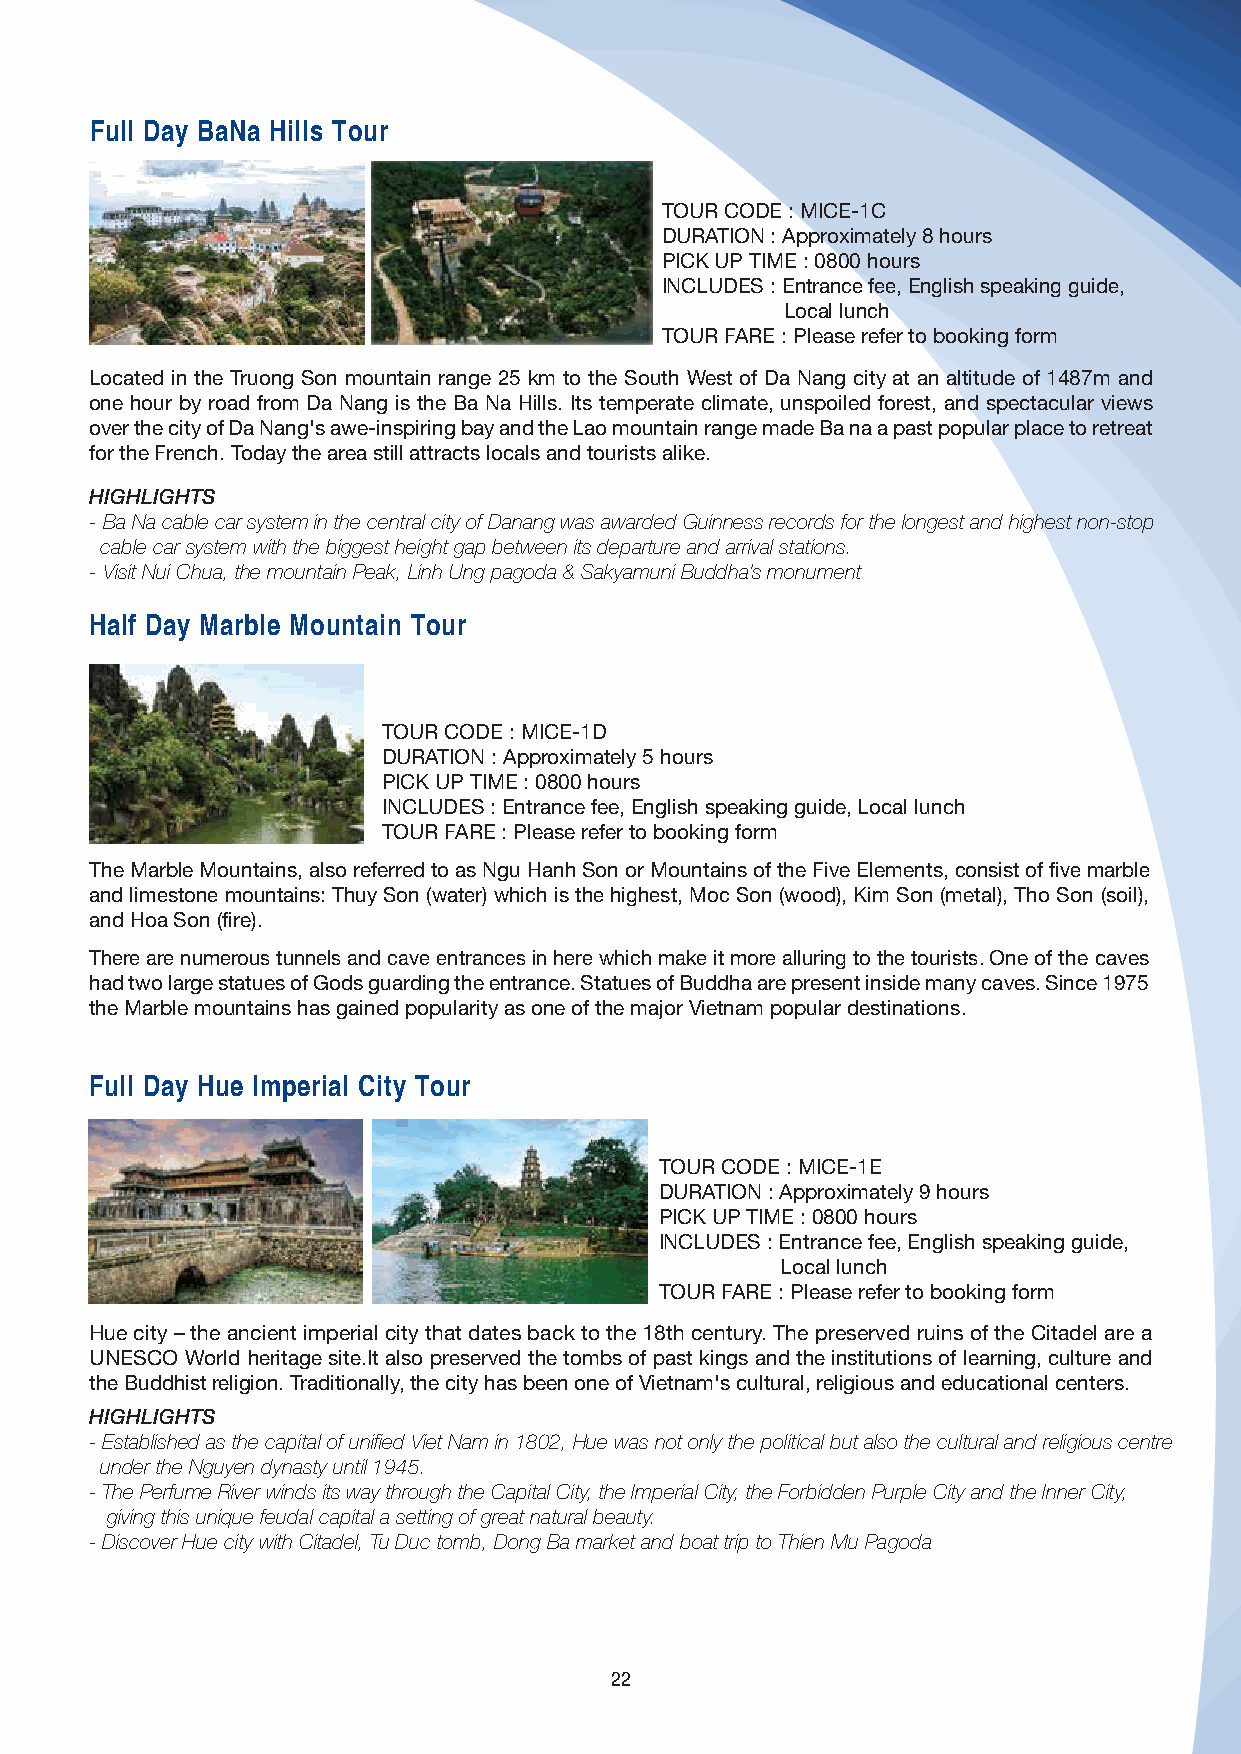
Full Day BaNa Hills Tour
 TOUR CODE : MICE-1C
 DURATION : Approximately 8 hours
 PICK UP TIME : 0800 hours
 INCLUDES : Entrance fee, English speaking guide,
 Local lunch
 TOUR FARE : Please refer to booking form
 Located in the Truong Son mountain range 25 km to the South West of Da Nang city at an altitude of 1487m and
 one hour by road from Da Nang is the Ba Na Hills. Its temperate climate, unspoiled forest, and spectacular views
 over the city of Da Nang's awe-inspiring bay and the Lao mountain range made Ba na a past popular place to retreat
 for the French. Today the area still attracts locals and tourists alike.
 HIGHLIGHTS
 - Ba Na cable car system in the central city of Danang was awarded Guinness records for the longest and highest non-stop
 cable car system with the biggest height gap between its departure and arrival stations.
 - Visit Nui Chua, the mountain Peak, Linh Ung pagoda & Sakyamuni Buddha’s monument
 Half Day Marble Mountain Tour
 TOUR CODE : MICE-1D
 DURATION : Approximately 5 hours
 PICK UP TIME : 0800 hours
 INCLUDES : Entrance fee, English speaking guide, Local lunch
 TOUR FARE : Please refer to booking form
 The Marble Mountains, also referred to as Ngu Hanh Son or Mountains of the Five Elements, consist of five marble
 and limestone mountains: Thuy Son (water) which is the highest, Moc Son (wood), Kim Son (metal), Tho Son (soil),
 and Hoa Son (fire).
 There are numerous tunnels and cave entrances in here which make it more alluring to the tourists. One of the caves
 had two large statues of Gods guarding the entrance. Statues of Buddha are present inside many caves. Since 1975
 the Marble mountains has gained popularity as one of the major Vietnam popular destinations.
 Full Day Hue Imperial City Tour
 TOUR CODE : MICE-1E
 DURATION : Approximately 9 hours
 PICK UP TIME : 0800 hours
 INCLUDES : Entrance fee, English speaking guide,
 Local lunch
 TOUR FARE : Please refer to booking form
 Hue city – the ancient imperial city that dates back to the 18th century. The preserved ruins of the Citadel are a
 UNESCO World heritage site.It also preserved the tombs of past kings and the institutions of learning, culture and
 the Buddhist religion. Traditionally, the city has been one of Vietnam's cultural, religious and educational centers.
 HIGHLIGHTS
 - Established as the capital of unified Viet Nam in 1802, Hue was not only the political but also the cultural and religious centre
 under the Nguyen dynasty until 1945.
 - The Perfume River winds its way through the Capital City, the Imperial City, the Forbidden Purple City and the Inner City,
 giving this unique feudal capital a setting of great natural beauty.
 - Discover Hue city with Citadel, Tu Duc tomb, Dong Ba market and boat trip to Thien Mu Pagoda
 22